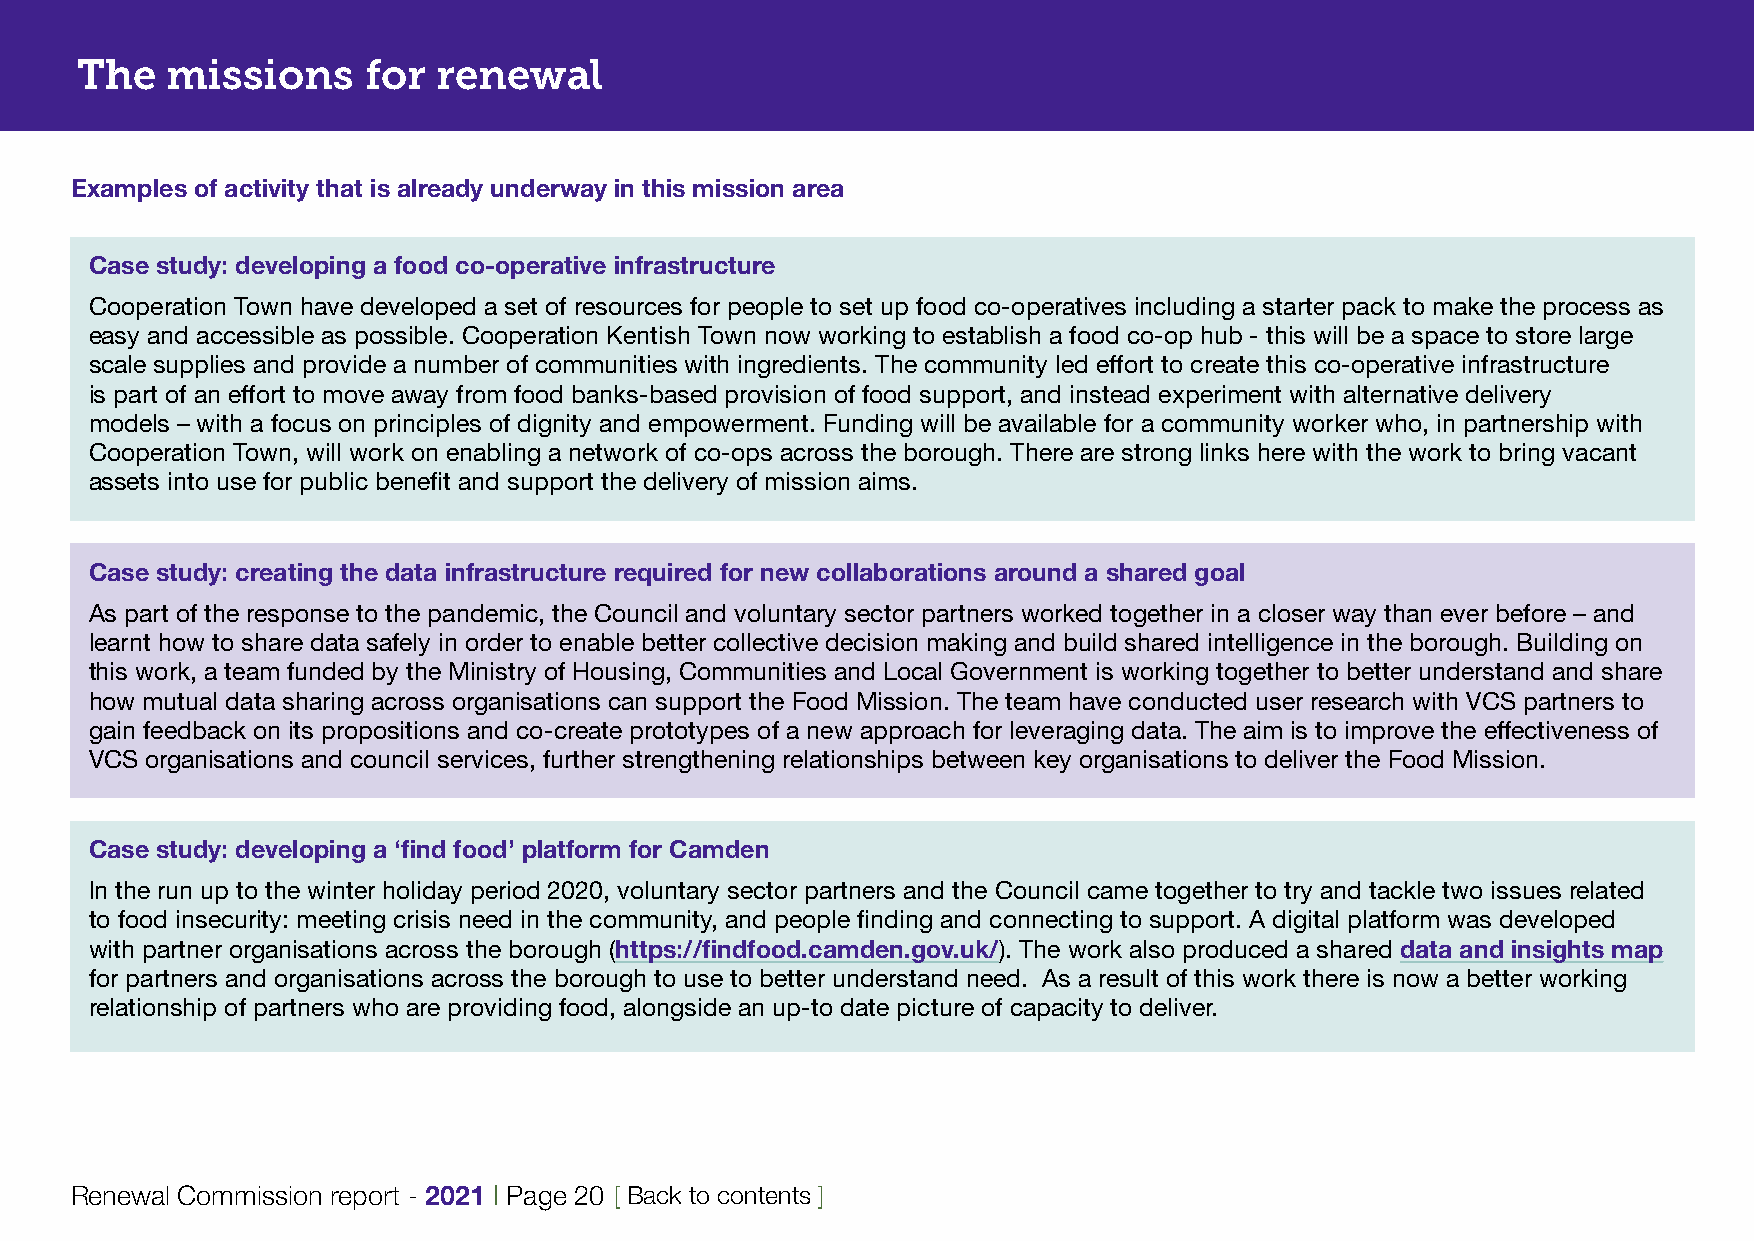
The   missions     for  renewal
 Examples of activity that is already underway in this mission area
 Case study: developing a food co-operative infrastructure
 Cooperation Town have developed a set of resources for people to set up food co-operatives including a starter pack to make the process as
 easy and accessible as possible. Cooperation Kentish Town now working to establish a food co-op hub - this will be a space to store large
 scale supplies and provide a number of communities with ingredients. The community led effort to create this co-operative infrastructure
 is part of an effort to move away from food banks-based provision of food support, and instead experiment with alternative delivery
 models – with a focus on principles of dignity and empowerment. Funding will be available for a community worker who, in partnership with
 Cooperation Town, will work on enabling a network of co-ops across the borough. There are strong links here with the work to bring vacant
 assets into use for public benefit and support the delivery of mission aims.
 Case study: creating the data infrastructure required for new collaborations around a shared goal
 As part of the response to the pandemic, the Council and voluntary sector partners worked together in a closer way than ever before – and
 learnt how to share data safely in order to enable better collective decision making and build shared intelligence in the borough. Building on
 this work, a team funded by the Ministry of Housing, Communities and Local Government is working together to better understand and share
 how mutual data sharing across organisations can support the Food Mission. The team have conducted user research with VCS partners to
 gain feedback on its propositions and co-create prototypes of a new approach for leveraging data. The aim is to improve the effectiveness of
 VCS organisations and council services, further strengthening relationships between key organisations to deliver the Food Mission.
 Case study: developing a ‘find food’ platform for Camden
 In the run up to the winter holiday period 2020, voluntary sector partners and the Council came together to try and tackle two issues related
 to food insecurity: meeting crisis need in the community, and people finding and connecting to support. A digital platform was developed
 with partner organisations across the borough (https://findfood.camden.gov.uk/). The work also produced a shared data and insights map
 for partners and organisations across the borough to use to better understand need. As a result of this work there is now a better working
 relationship of partners who are providing food, alongside an up-to date picture of capacity to deliver.
 Renewal Commission report - 2021 | Page 20 [ Back to contents ]